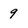
Character: 9